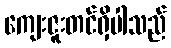
ကျေးဇူးတင်ရှိပါသည်